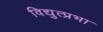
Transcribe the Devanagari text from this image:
विद्युत्प्रभा